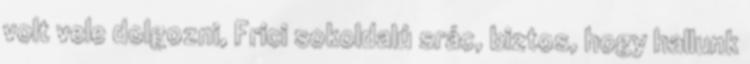
volt vele dolgozni, Frici sokoldalú srác, biztos, hogy hallunk